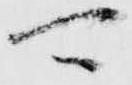
可